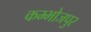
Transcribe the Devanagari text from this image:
कम्भोजपुर